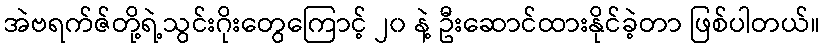
အဲဗရက်ဇ်တို့ရဲ့သွင်းဂိုးတွေကြောင့် ၂၀ နဲ့ ဦးဆောင်ထားနိုင်ခဲ့တာ ဖြစ်ပါတယ်။